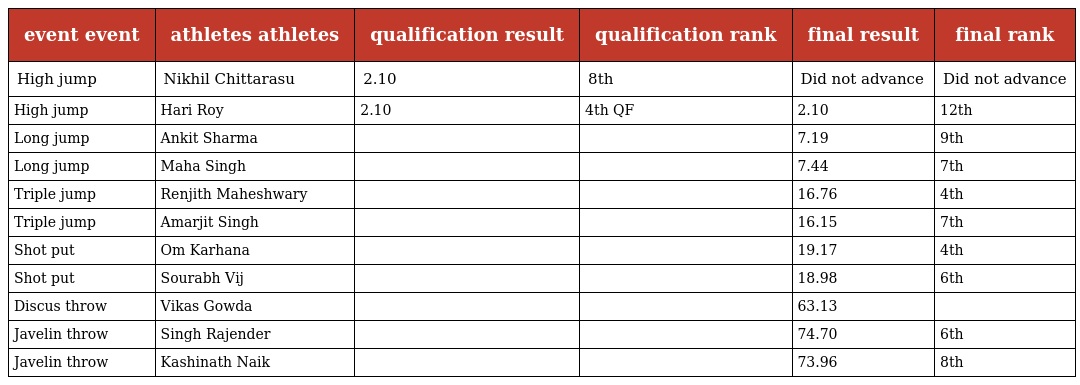
| event event | athletes athletes | qualification result | qualification rank | final result | final rank |
 | --- | --- | --- | --- | --- | --- |
 | High jump | Nikhil Chittarasu | 2.10 | 8th | Did not advance | Did not advance |
 | High jump | Hari Roy | 2.10 | 4th QF | 2.10 | 12th |
 | Long jump | Ankit Sharma |  |  | 7.19 | 9th |
 | Long jump | Maha Singh |  |  | 7.44 | 7th |
 | Triple jump | Renjith Maheshwary |  |  | 16.76 | 4th |
 | Triple jump | Amarjit Singh |  |  | 16.15 | 7th |
 | Shot put | Om Karhana |  |  | 19.17 | 4th |
 | Shot put | Sourabh Vij |  |  | 18.98 | 6th |
 | Discus throw | Vikas Gowda |  |  | 63.13 |  |
 | Javelin throw | Singh Rajender |  |  | 74.70 | 6th |
 | Javelin throw | Kashinath Naik |  |  | 73.96 | 8th |